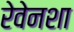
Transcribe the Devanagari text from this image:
रेवेनशा